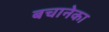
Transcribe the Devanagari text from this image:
बचानेका